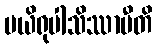
ပယိရုပါသိဿာမီတိ